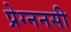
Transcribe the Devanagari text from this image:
प्रेग्ननसी